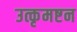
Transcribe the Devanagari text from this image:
उत्कृमष्टन